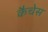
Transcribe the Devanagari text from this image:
कैचेस